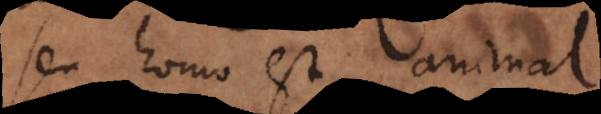
seu homo est animal.